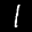
Label: 1